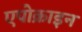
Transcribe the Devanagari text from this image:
एपोक्राइन